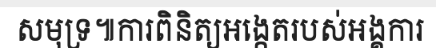
សមុទ្រ៕ការពិនិត្យអង្កេតរបស់អង្គការ